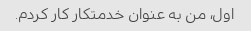
اول، من به عنوان خدمتکار کار کردم.